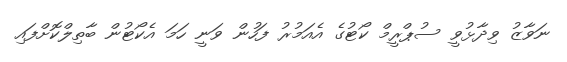
ނަވާޒު ވިދާޅުވީ ސުޕްރީމް ކޯޓުގެ އެއަމުރު ފަހުން ވަނީ ހަމަ އެކޯޓުން ބާތިލްކޮށްފައި